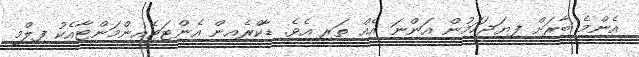
އެންމެ ބާރަށް ފިޔަޖަހަމުން އަންނަ އެއް ތަރި އެވެ. ޑާކްރެއިން އެންޓަޓެއިންމަންޓާއެކު ފިލްމީ